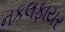
નકલફાયર